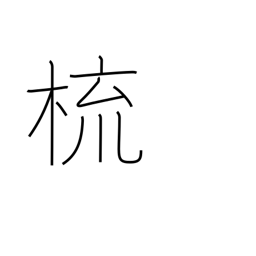
Meaning: comb (hair)